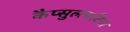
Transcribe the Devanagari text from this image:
कैप्सुलपटिस